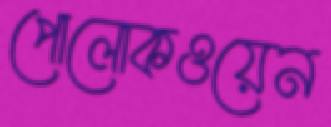
পোলোকওয়েন